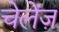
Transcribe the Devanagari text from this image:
चेलेंज़